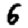
Digit: 6